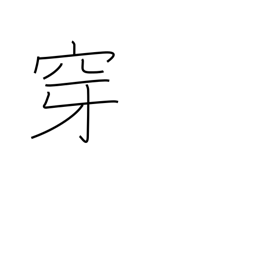
Meaning: put on (to the feet)